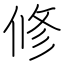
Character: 修